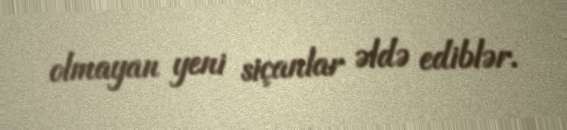
olmayan yeni siçanlar əldə ediblər.